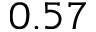
0 . 5 7